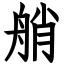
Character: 艄